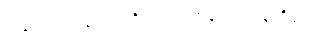
အရောဝင်လျှင် အရိုအသေတန်တတ်သူတို့မှာ